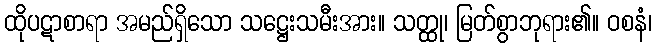
ထိုပဋာစာရာ အမည်ရှိသော သဋ္ဌေးသမီးအား။ သတ္ထု၊ မြတ်စွာဘုရား၏။ ဝစနံ၊